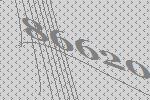
86620